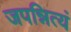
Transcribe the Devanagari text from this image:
जपन्नित्यं